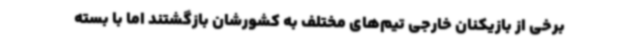
برخی از بازیکنان خارجی تیم‌های مختلف به کشورشان بازگشتند اما با بسته